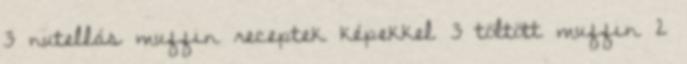
3 nutellás muffin receptek képekkel 3 töltött muffin 2